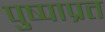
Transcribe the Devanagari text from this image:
पुष्पाप्रत